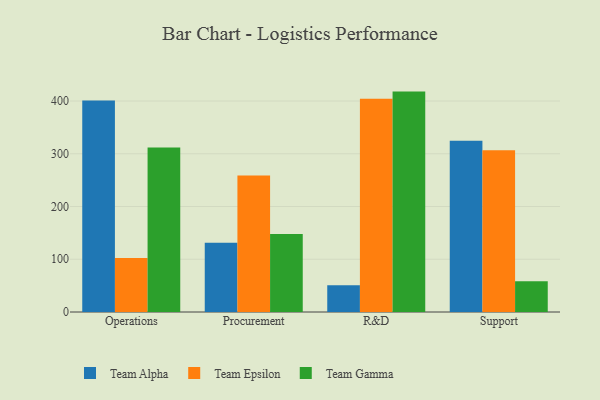
{"axis": {"x": "Department", "y": "Production Output"}, "legend": ["Team Alpha", "Team Epsilon", "Team Gamma"], "data": [{"x": "Operations", "y": 401.0, "type": "Team Alpha"}, {"x": "Operations", "y": 102.5, "type": "Team Epsilon"}, {"x": "Operations", "y": 312.0, "type": "Team Gamma"}, {"x": "Procurement", "y": 131.3, "type": "Team Alpha"}, {"x": "Procurement", "y": 258.9, "type": "Team Epsilon"}, {"x": "Procurement", "y": 147.8, "type": "Team Gamma"}, {"x": "R&D", "y": 50.9, "type": "Team Alpha"}, {"x": "R&D", "y": 404.3, "type": "Team Epsilon"}, {"x": "R&D", "y": 417.9, "type": "Team Gamma"}, {"x": "Support", "y": 324.9, "type": "Team Alpha"}, {"x": "Support", "y": 306.9, "type": "Team Epsilon"}, {"x": "Support", "y": 58.5, "type": "Team Gamma"}]}